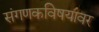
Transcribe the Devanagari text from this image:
संगणकविषयांवर